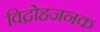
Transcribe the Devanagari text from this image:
विद्रोहजनक